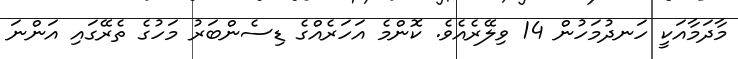
މާދަމާއަކީ ހަނދުމަހުން 14 ވިލޭރެއެވެ. ކޮންމެ އަހަރެއްގެ ޑިސެންބަރު މަހުގެ ތެރޭގައި އަންނަ